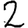
Digit: 2